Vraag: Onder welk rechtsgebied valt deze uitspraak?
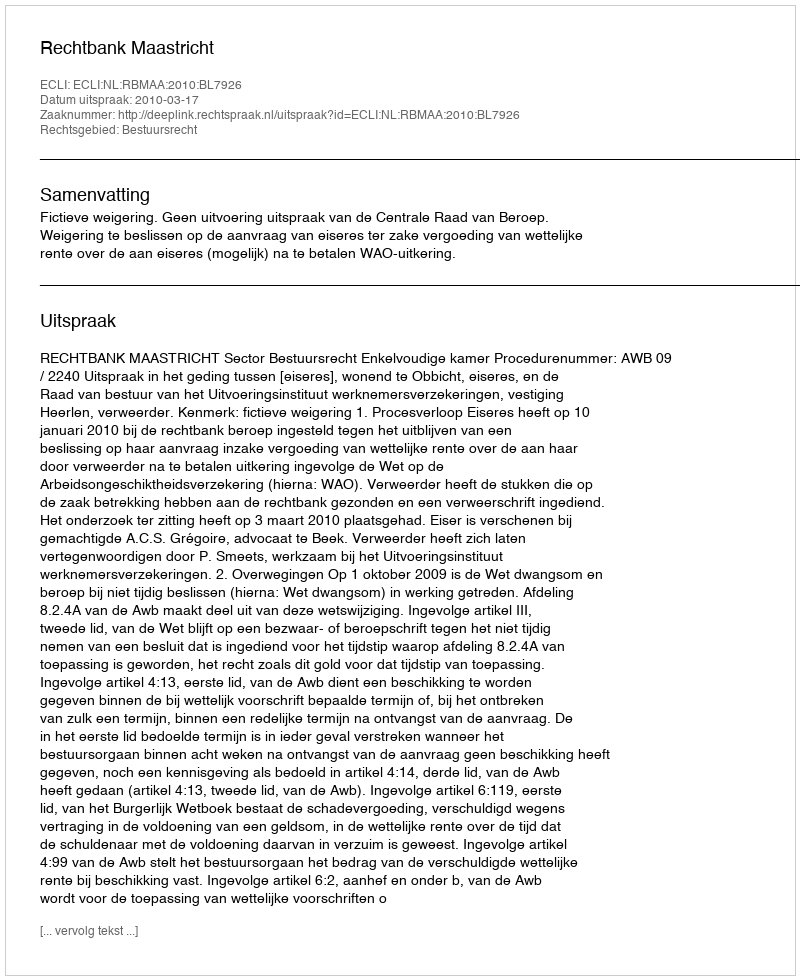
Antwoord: Bestuursrecht